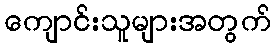
ကျောင်းသူများအတွက်